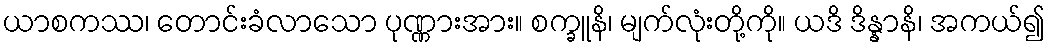
ယာစကဿ၊ တောင်းခံလာသော ပုဏ္ဏားအား။ စက္ခူနိ၊ မျက်လုံးတို့ကို။ ယဒိ ဒိန္နာနိ၊ အကယ်၍